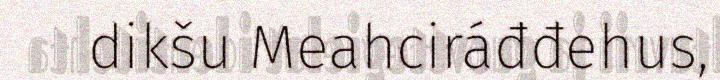
dikšu Meahciráđđehus,